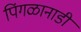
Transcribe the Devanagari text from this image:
पिंगळानाडी